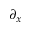
\partial _ { x }